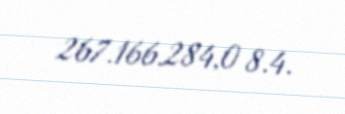
267.166.284,0 8.4.